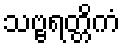
သဗ္ဗရတ္တိကံ